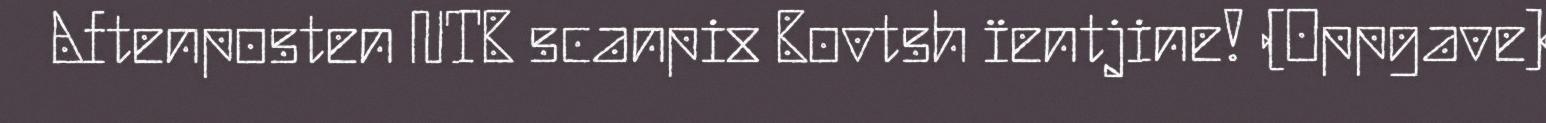
Aftenposten NTB scanpix Bovtsh ïentjine! (Oppgave)